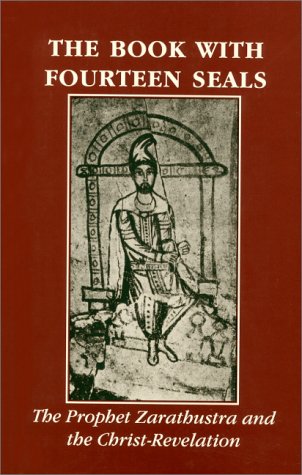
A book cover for The Book with Fourteen Seals: The Prophet Zarathustra and the Christ-Revelation; Andrew J. Welburn; Religion & Spirituality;